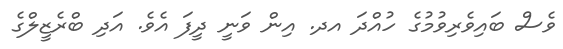
ވެސް ބައިވެރިވުމުގެ ހުއްދަ އދ. އިން ވަނީ ދީފަ އެވެ. އަދި ބްރެޒީލްގެ